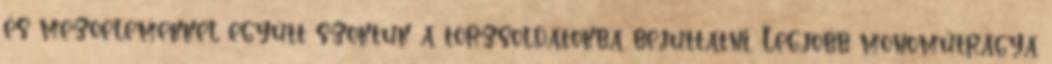
és mezoelemekkel együtt szoktuk a törzsoldatokba bejuttatni. Legjobb monoműtrágya